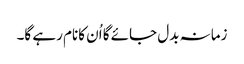
زمانہ بدل جائے گا اُن کانام رہے گا۔